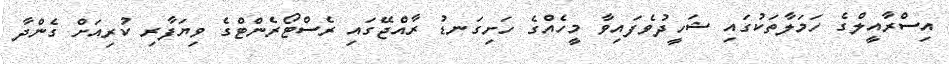
އިސްރާއީލްގެ ހަމަލާތަކުގައި ޝަހީދުވެފައިވާ މީހެއްގެ ހަށިގަނޑު ރާއްޖޭގައި ރެސްޓޯރެންޓްގެ ވިޔަފާރި ކުރިއަށް ގެންދާ